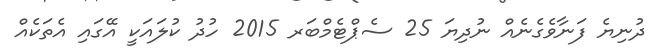
ދުނިޔެ ފަނާވެގެނެއް ނުދިޔަ 25 ސެޕްޓެމްބަރ 2015 ހުދު ކުލައަކީ އޭގައި އެތަކެއް